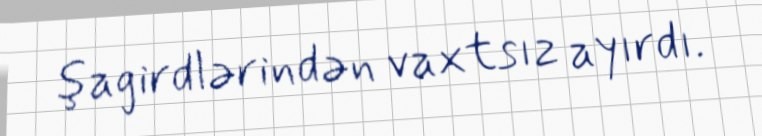
şagirdlərindən vaxtsız ayırdı.